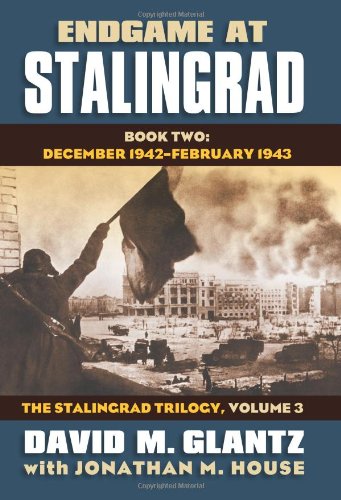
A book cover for Endgame at Stalingrad: Book Two: December 1942EE-February 1943 (Modern War Studies: The Stalingrad, Vol. 3); David M. Glantz; History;